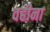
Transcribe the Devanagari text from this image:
वहीना